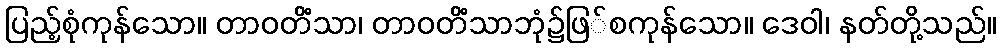
ပြည့်စုံကုန်သော။ တာဝတိံသာ၊ တာဝတိံသာဘုံ၌ဖြ်စကုန်သော။ ဒေဝါ၊ နတ်တို့သည်။